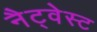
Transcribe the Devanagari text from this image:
नैट्वेस्ट